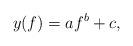
LaTeX: \begin{align*} y(f)=af^b+c,\end{align*}